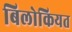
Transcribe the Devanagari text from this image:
बिलोकियत